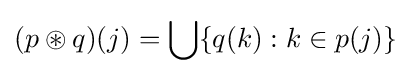
(p\circledast q)(j)=\bigcup \{q(k):k\in p(j)\}